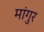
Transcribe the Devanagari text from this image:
मांगुर